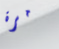
مرة